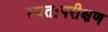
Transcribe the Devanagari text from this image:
स्वतःपरीक्षण